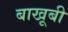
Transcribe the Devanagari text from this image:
बाखूबी